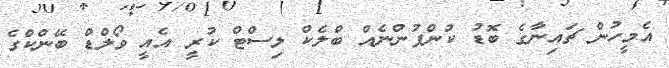
އެމީހުން ޗައިނާގެ ބޮޑު ކުންފުންނެއް ބްލެކް ލިސްޓް ކުރީ އެއީ ވޯލްޑް ބޭންކްގެ